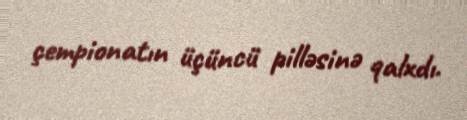
çempionatın üçüncü pilləsinə qalxdı.